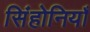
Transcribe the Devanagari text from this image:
सिंहोनियाँ